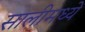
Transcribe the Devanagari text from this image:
सालीमध्ये